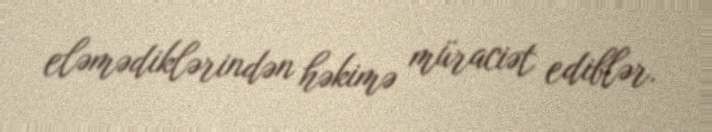
eləmədiklərindən həkimə müraciət ediblər.